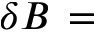
\delta B \, =